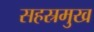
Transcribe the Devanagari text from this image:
सहस्रमुख